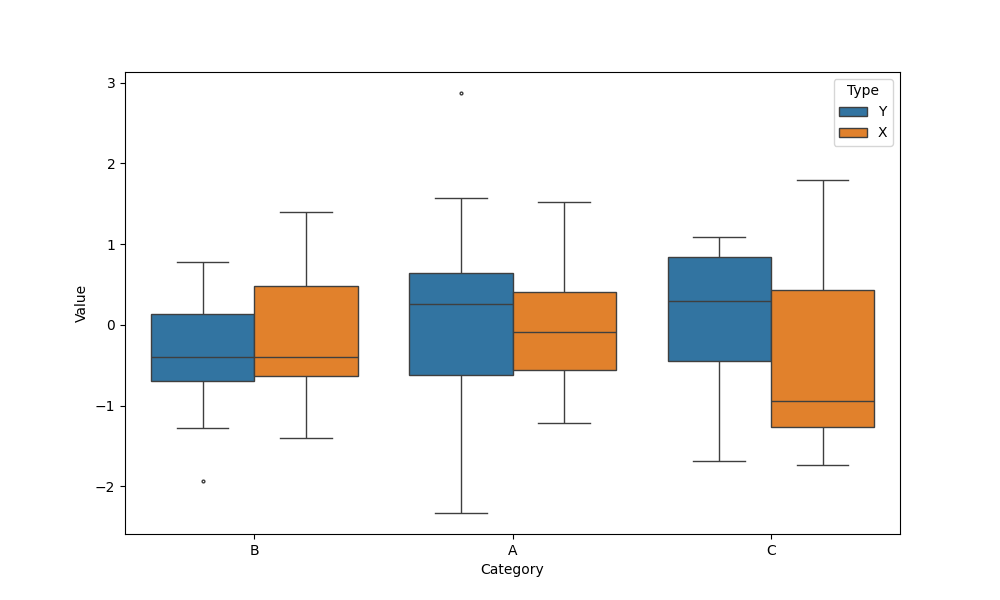
python, seaborn, boxplot, width=0.8, linewidth=1, fliersize=2, notch=False